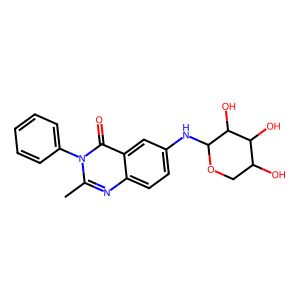
SMILES: Cc1nc2ccc(NC3OCC(O)C(O)C3O)cc2c(=O)n1-c1ccccc1
Inhibits HIV replication: No